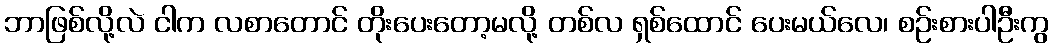
ဘာဖြစ်လို့လဲ ငါက လစာတောင် တိုးပေးတော့မလို့ တစ်လ ရှစ်ထောင် ပေးမယ်လေ၊ စဉ်းစားပါဦးကွ